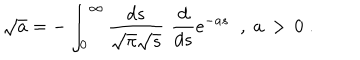
LaTeX: \sqrt { a } = - \int _ { 0 } ^ { \infty } \frac { d s } { \sqrt { \pi } \sqrt { s } } \, \, \frac { d } { d s } e ^ { - a s } \; \; , \; a \, > \, 0 \; .